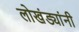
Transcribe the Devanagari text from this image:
लोखंड्यांनी